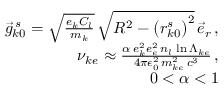
\begin{array} { r l r } & { } & { \vec { g } _ { k 0 } ^ { \, s } = \sqrt { \frac { e _ { k } C _ { l } } { m _ { k } } } \, \sqrt { R ^ { 2 } - \left( r _ { k 0 } ^ { s } \right) ^ { 2 } } \, \vec { e } _ { r } \, , } \\ & { } & { \nu _ { k e } \approx \frac { \alpha \, e _ { k } ^ { 2 } e _ { e } ^ { 2 } \, n _ { l } \, \ln \Lambda _ { k e } } { 4 \pi \epsilon _ { 0 } ^ { 2 } \, m _ { k e } ^ { 2 } \, c ^ { 3 } } \, , } \\ & { } & { 0 < \alpha < 1 } \end{array}